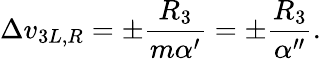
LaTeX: \Delta v_{3L,R}=\pm\frac{R_{3}}{m\alpha^{\prime}}=\pm\frac{R_{3}}{\alpha^{\prime\prime}}.